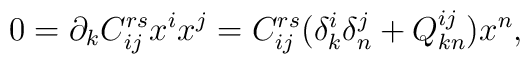
0=\partial _kC^{rs}_{ij}x^ix^j= C^{rs}_{ij}(\delta ^i_k \delta ^j_n+Q^{ij}_{kn})x^n,